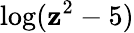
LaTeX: \log(\mathbf{z}^{2}-5)